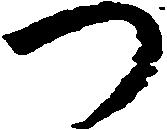
つ